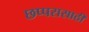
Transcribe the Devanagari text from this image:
छप्परासाठी